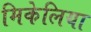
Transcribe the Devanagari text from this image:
मिकेलिया